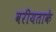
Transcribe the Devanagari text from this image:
वरीयताके